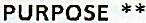
PURPOSE **